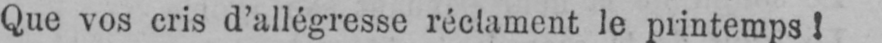
Que vos cris d’allégresse réclament le printemps!